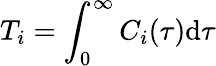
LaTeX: T_{i}=\int_{0}^{\infty}C_{i}(\tau){\mathrm d}\tau